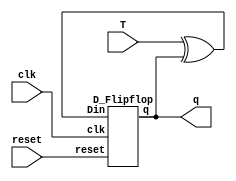
module T_flipflop(T,clk,reset,q);
input T,clk,reset;
output q;
wire w;
assign w=T^q;
D_Flipflop dff(w,clk,reset,q);
endmodule

module D_Flipflop(Din,clk,reset,q);
input Din,clk,reset;
output reg q;
always@(posedge clk)
begin
if(reset)
q=1'b0;
else
q=Din;
end
endmodule